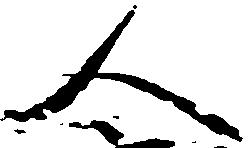
人